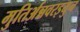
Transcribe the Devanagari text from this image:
मुतिर्अन्नवरइयुन